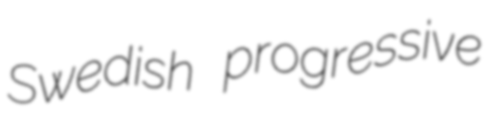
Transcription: Swedish progressive